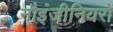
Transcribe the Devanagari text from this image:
नौइंजीनियरों